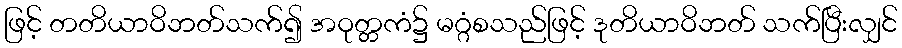
ဖြင့် တတိယာဝိဘတ်သက်၍ အဝုတ္တကံ၌ မဂ္ဂံစသည်ဖြင့် ဒုတိယာဝိဘတ် သက်ပြီးလျှင်